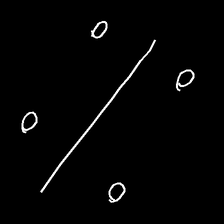
Glyph: cool